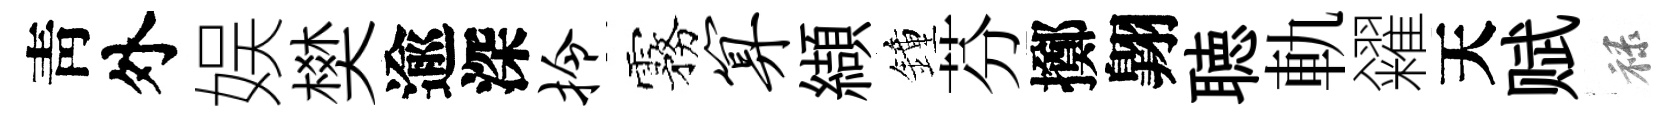
靑外娱樊逾深拎霧算纈鐘芬擲翺聴軌糴天赋禄